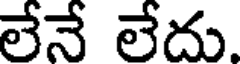
లేనే లేదు.